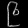
Digit: ၉